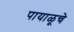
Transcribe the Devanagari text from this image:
पायाळूचे